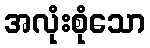
အလုံးစုံသော